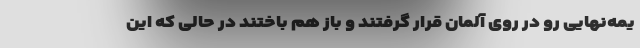
یمه‌نهایی رو در روی آلمان قرار گرفتند و باز هم باختند در حالی که این